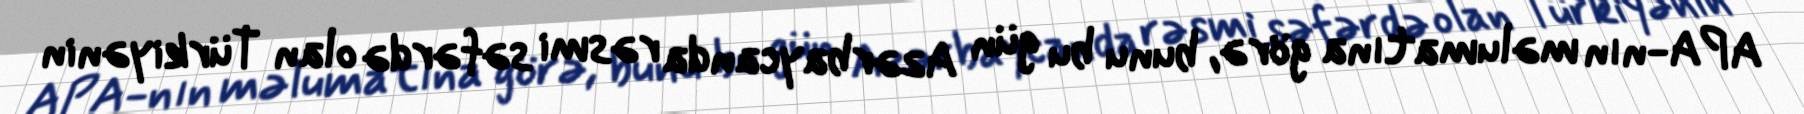
APA-nın məlumatına görə, bunu bu gün Azərbaycanda rəsmi səfərdə olan Türkiyənin